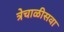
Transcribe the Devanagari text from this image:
त्रेचाळीसवा